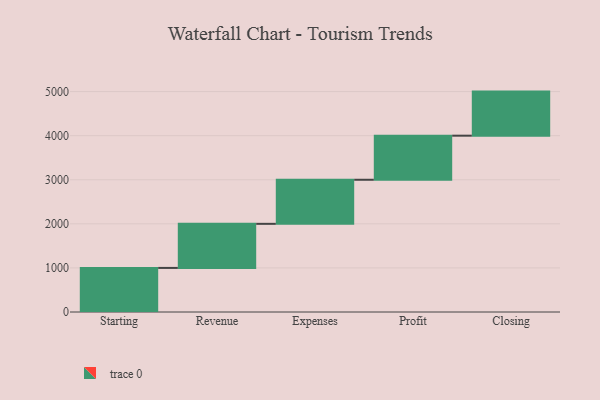
{"axis": {"x": "Step", "y": "Value"}, "legend": [""], "data": [{"x": "Starting", "y": 1000, "type": ""}, {"x": "Revenue", "y": 1000, "type": ""}, {"x": "Expenses", "y": 1000, "type": ""}, {"x": "Profit", "y": 1000, "type": ""}, {"x": "Closing", "y": 1000, "type": ""}]}